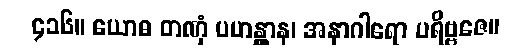
၄၁၆။ ယောဓ တဏှံ ပဟန္တွာန၊ အနာဂါရော ပရိဗ္ဗဇေ။